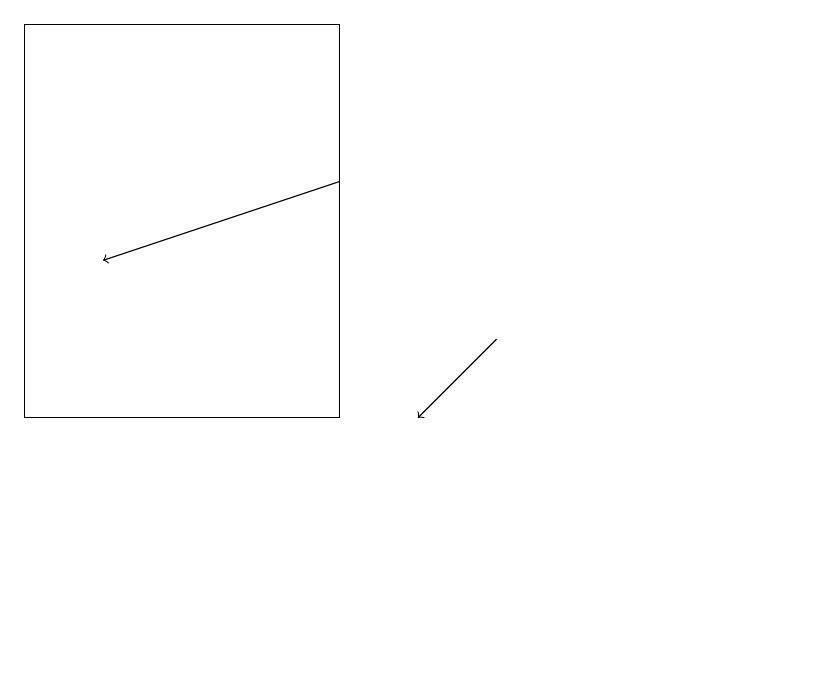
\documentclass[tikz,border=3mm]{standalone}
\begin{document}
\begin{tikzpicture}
\draw[->] (6,15) -- (5,14);
\draw[->] (4,17) -- (1,16);
\draw (10,11) circle (0);
\draw (0,19) rectangle (4,14);
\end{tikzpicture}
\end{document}